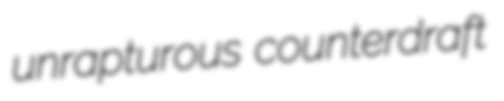
unrapturous counterdraft